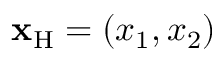
{ \bf x } _ { \mathrm { H } } = ( x _ { 1 } , x _ { 2 } )